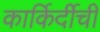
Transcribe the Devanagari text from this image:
कार्किर्दीची